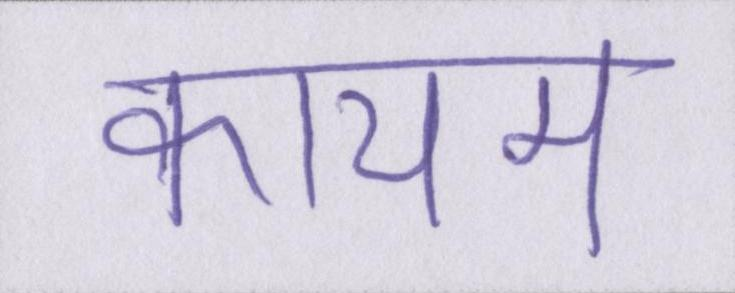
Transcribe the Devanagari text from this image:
कायम